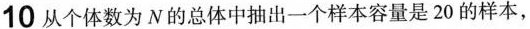
10从个体数为N的总体中抽出一个样本容量是20的样本，